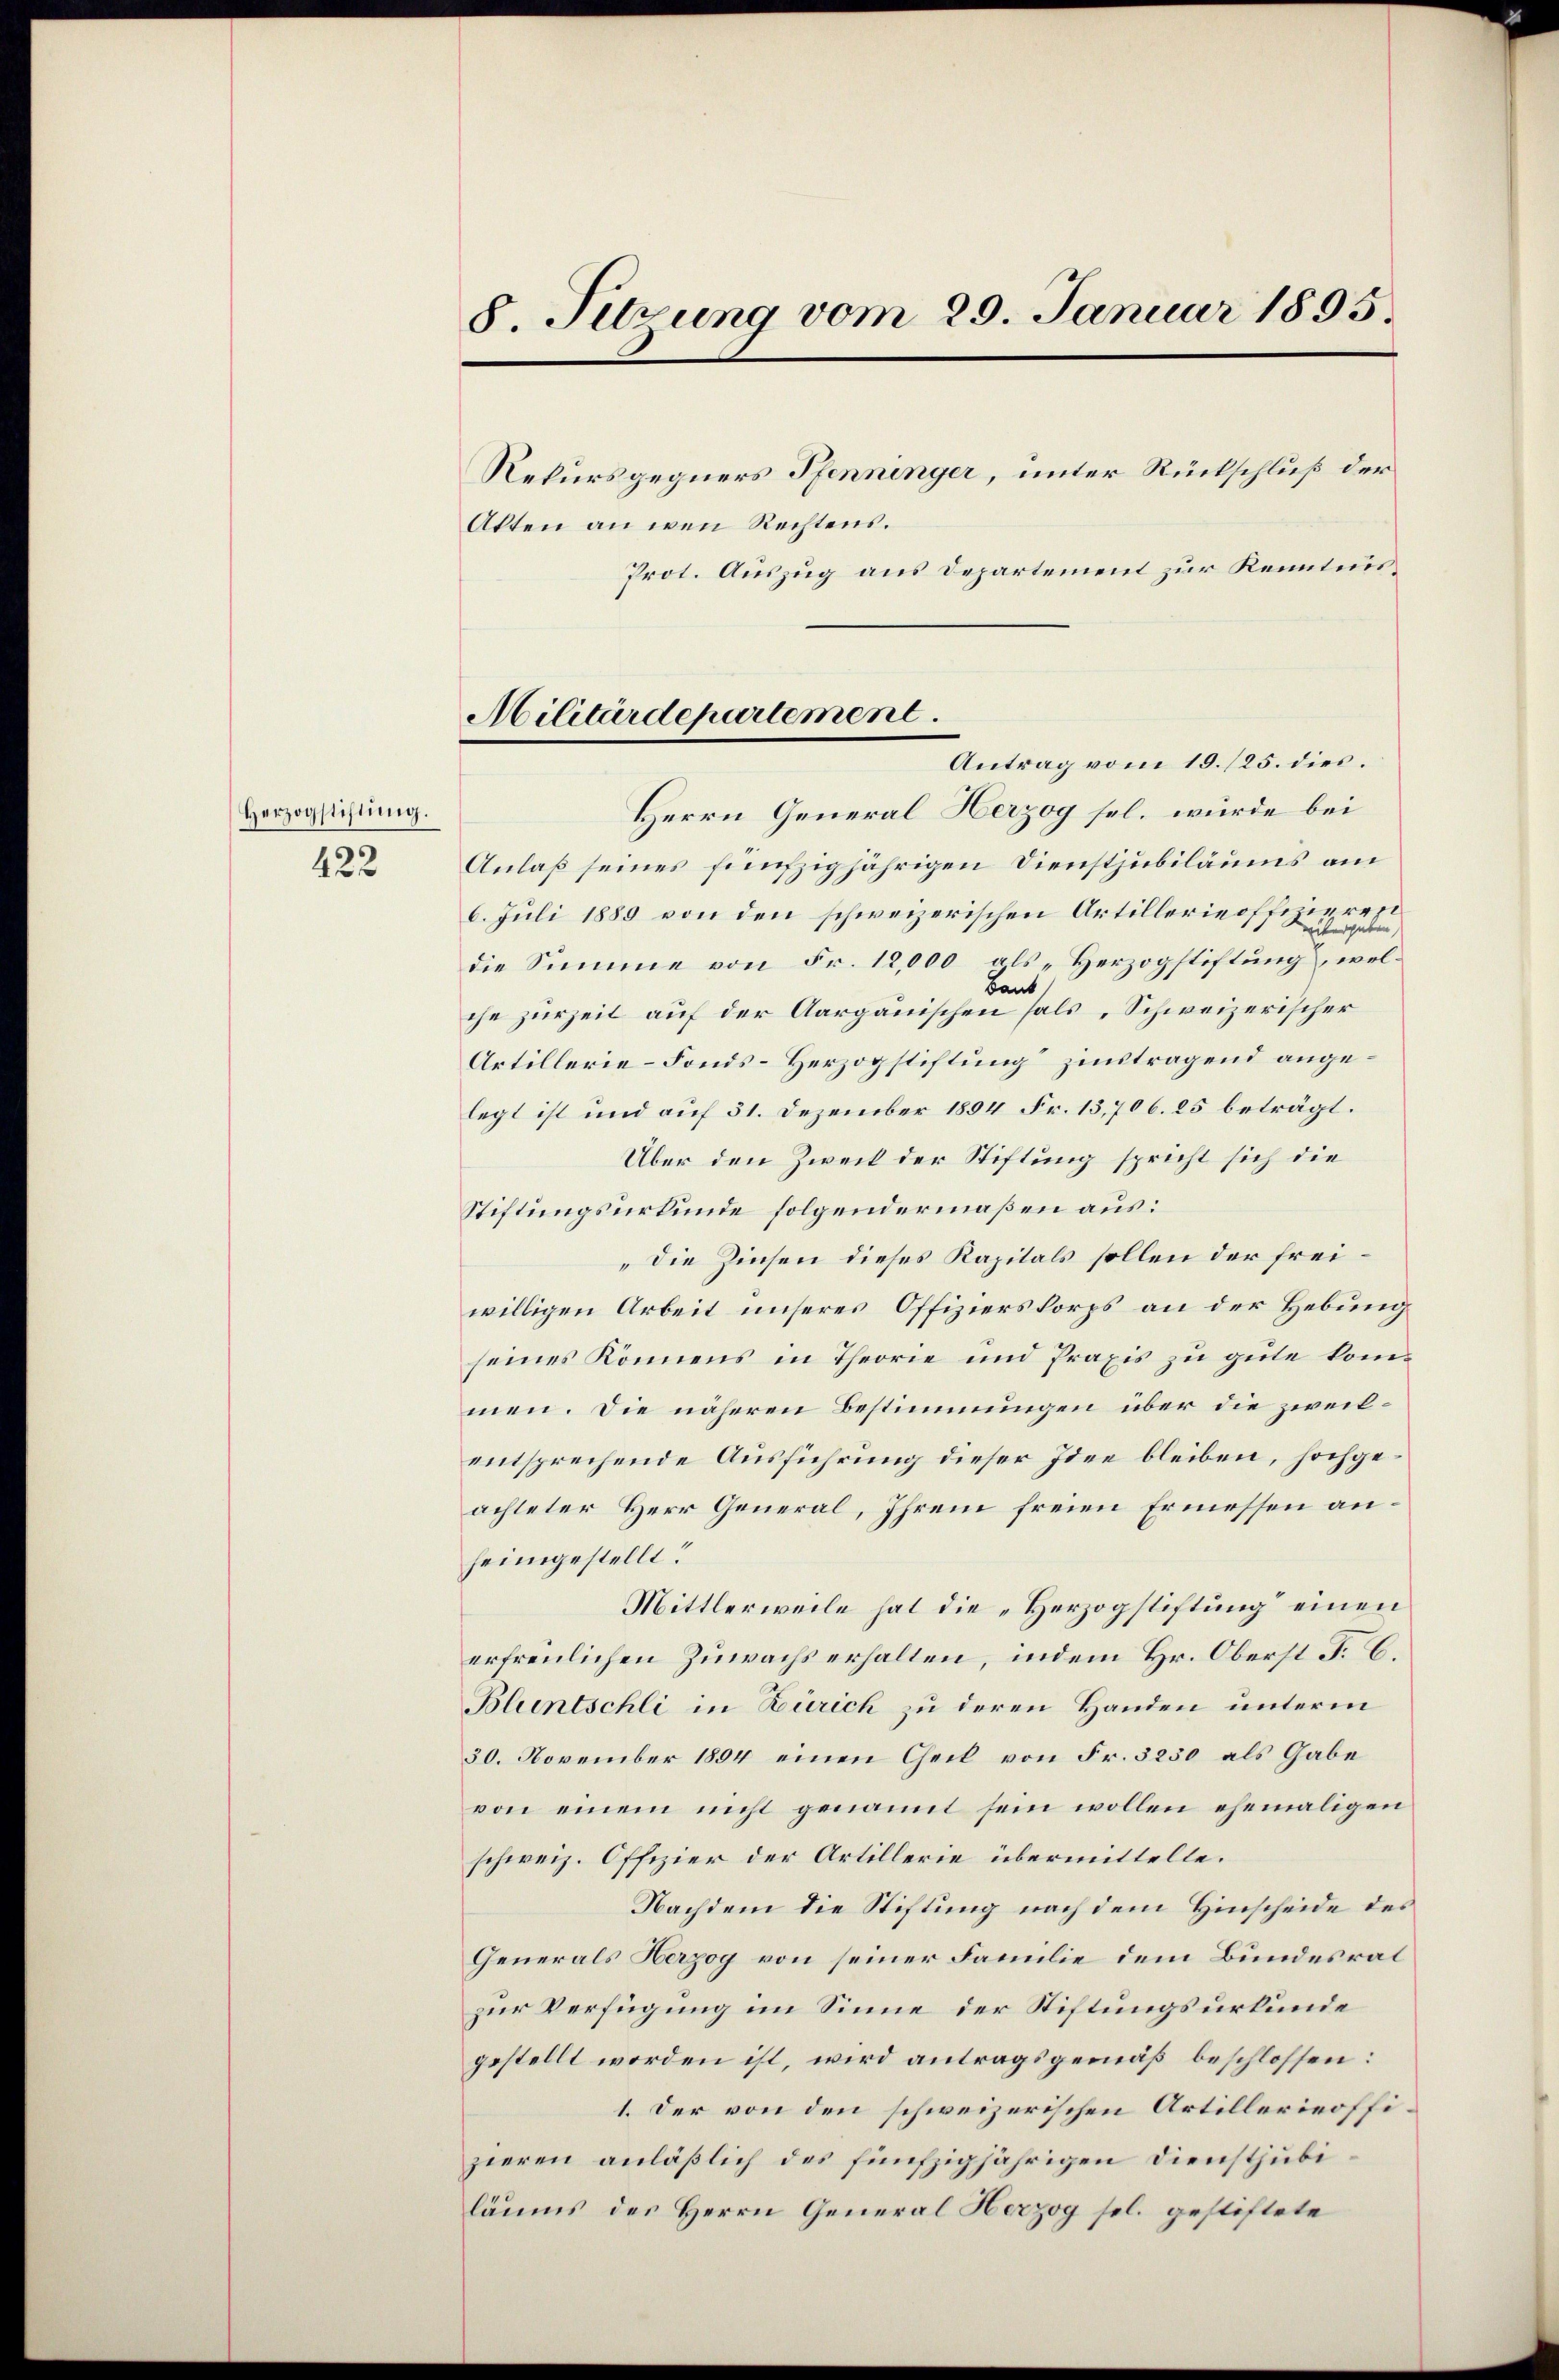
Herzogstiftung.
422

Akten an wen Rechtens.
Herrn General Herzog sel. würde bei
Anlaß seines fünfzigjährigen Dienstjubiläums am
6. Juli 1889 von den schweizerischen Artillerie offe
die Summe von Fr. 12,000 als „Herzogstiftung, wel¬
Baut
che zurZeit auf der Aargauischen fals „Schweizerischer
Artillerie-Fonds-Herzogstiftung zinstragend angelegt ist und auf 31. Dezember 1804 Fr. 13,706. 25 beträgt.
Über den Zweck der Stiftung spricht sich die
Stiftungsurkunde folgendermaßen aus:
„die Zinsen dieses Kapitals sollen der freiwilligen Arbeit unseres Offizierskorps an der Hebung
seines könnens in Theorie und Praxis zu gute kommen. Die näheren Bestimmungen über die zweilentsprechende Ausführung dieser Idee bleiben, hochgeachteter Herr General, Ihrem freien Ermessen anheimgestellt.
Mittlerweile hat die „Herzogstiftung einen
erfreulichen Zuwachs erhalten, indem Hr. Oberst F. C.
Bluntschli in Zürich zu deren Handen unterm
30. November 1894 einen Theil von Fr. 3230 als Gabe
von einem nicht genannt sein wollen ehemaligen
schweiz. Offizier der Artillerie übermittelte.
Nachdem die Stiftung nach dem Hinscheide des
Generals Herzog von seiner Familie dem Bundesrat
zur Verfügung im Sinne der Stiftungsurkunde
gestellt worden ist, wird antragsgemäß beschlossen:
1. Der von den schweizerischen Artillerieoffizieren anläßlich des fünfzigjährigen Dienstjubiläums des Herrn General Herzog sel. gestiftete

8. Sitzung vom 20. Januar 1895.
Rekursgegners Pfenninger, unter Rückschluß der

Prot. Auszug aus Departement zur Kenntni¬

Militärdepartement.
Antrag vom 15./25. dies.